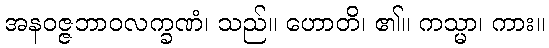
အနဝဇ္ဇဘာဝလက္ခဏံ၊ သည်။ ဟောတိ၊ ၏။ ကသ္မာ၊ ကား။